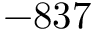
- 8 3 7